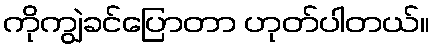
ကိုကျွဲခင်ပြောတာ ဟုတ်ပါတယ်။